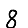
Digit: 8